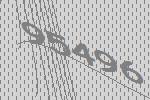
95496